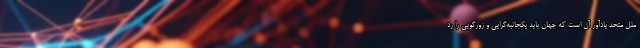
ملل متحد یادآور آن است که جهان باید یکجانبه‌گرایی و زورگویی را رد